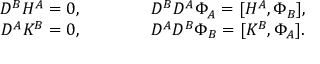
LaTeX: \begin{array} { c } { { D ^ { B } H ^ { A } = 0 , \qquad \qquad D ^ { B } D ^ { A } \Phi _ { A } = [ H ^ { A } , \Phi _ { B } ] , } } \\ { { D ^ { A } K ^ { B } = 0 , \qquad \qquad D ^ { A } D ^ { B } \Phi _ { B } = [ K ^ { B } , \Phi _ { A } ] . } } \end{array}